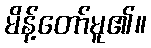
မိန့်တော်မူ၏။